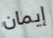
إيمان